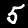
Label: 5